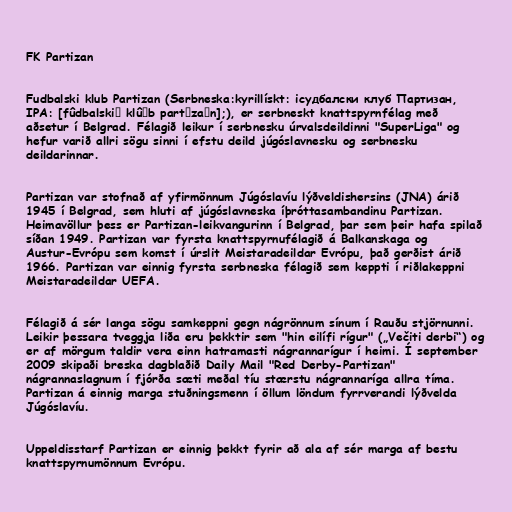
FK Partizan

Fudbalski klub Partizan (Serbneska:kyrillískt: icудбалски клуб Партизан,
IPA: [fûdbalskiː klûːb partǐzaːn];), er serbneskt knattspyrnfélag með
aðsetur í Belgrad. Félagið leikur í serbnesku úrvalsdeildinni "SuperLiga" og
hefur varið allri sögu sinni í efstu deild júgóslavnesku og serbnesku
deildarinnar.

Partizan var stofnað af yfirmönnum Júgóslavíu lýðveldishersins (JNA) árið
1945 í Belgrad, sem hluti af júgóslavneska íþróttasambandinu Partizan.
Heimavöllur þess er Partizan-leikvangurinn í Belgrad, þar sem þeir hafa spilað
síðan 1949. Partizan var fyrsta knattspyrnufélagið á Balkanskaga og
Austur-Evrópu sem komst í úrslit Meistaradeildar Evrópu, það gerðist árið
1966. Partizan var einnig fyrsta serbneska félagið sem keppti í riðlakeppni
Meistaradeildar UEFA.

Félagið á sér langa sögu samkeppni gegn nágrönnum sínum í Rauðu stjörnunni.
Leikir þessara tveggja liða eru þekktir sem "hin eilífi rígur" („Večiti derbi“) og
er af mörgum taldir vera einn hatramasti nágrannarígur í heimi. Í september
2009 skipaði breska dagblaðið Daily Mail "Red Derby-Partizan"
nágrannaslagnum í fjórða sæti meðal tíu stærstu nágrannaríga allra tíma.
Partizan á einnig marga stuðningsmenn í öllum löndum fyrrverandi lýðvelda
Júgóslavíu.

Uppeldisstarf Partizan er einnig þekkt fyrir að ala af sér marga af bestu
knattspyrnumönnum Evrópu.